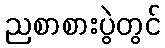
ညစာစားပွဲတွင်